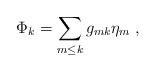
\begin{align*}\Phi_k = \sum_{m \leq k} g_{mk} \eta_m \;,\end{align*}